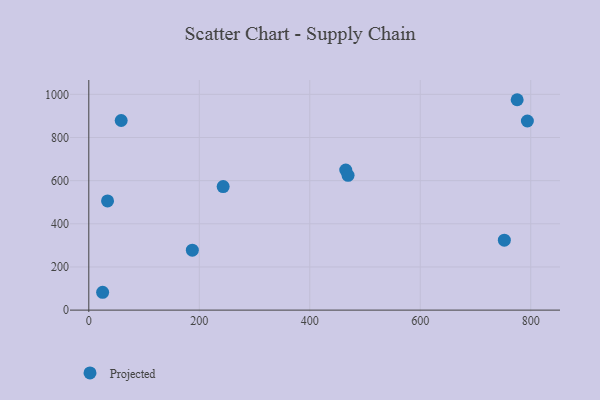
{"axis": {"x": "Ad Spend", "y": "Profit"}, "legend": ["Projected"], "data": [{"x": "465.1", "y": 649.4, "type": "Projected"}, {"x": "752.2", "y": 324.0, "type": "Projected"}, {"x": "25.0", "y": 82.7, "type": "Projected"}, {"x": "33.9", "y": 505.9, "type": "Projected"}, {"x": "469.3", "y": 624.5, "type": "Projected"}, {"x": "58.6", "y": 878.7, "type": "Projected"}, {"x": "243.2", "y": 572.8, "type": "Projected"}, {"x": "187.4", "y": 277.8, "type": "Projected"}, {"x": "793.9", "y": 876.4, "type": "Projected"}, {"x": "775.4", "y": 975.1, "type": "Projected"}]}